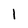
Character: 1